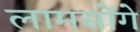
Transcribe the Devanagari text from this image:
लामसोंगे